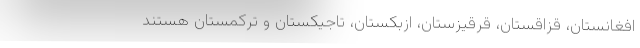
افغانستان، قزاقستان، قرقیزستان، ازبکستان، تاجیکستان و ترکمستان هستند